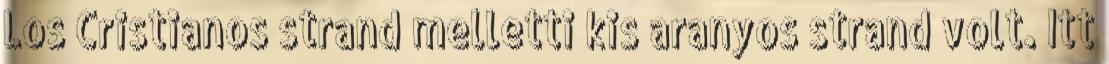
Los Cristianos strand melletti kis aranyos strand volt. Itt